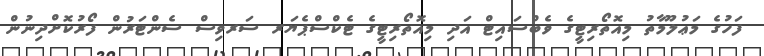
ފަހުގެ މަޢުލޫމާތު މިއޮތޯރިޓީގެ ވެބްސައިޓް އަދި މިއޮތޯރިޓީގެ ޓެކްސްޕެޔަރ ސަރވިސް ސެންޓަރުން ފޯރުކޮށްދިނުން